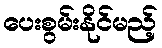
ပေးစွမ်းနိုင်မည့်